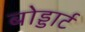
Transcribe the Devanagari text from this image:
बोड्डार्ट